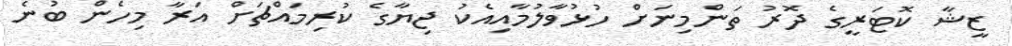
ޒީޝާ ކޮޓަރީގެ ދޮރު ތަންމިނަށް ހުޅުވާލުމާއިއެކު ޖިޔާގެ ކުރިމައްޗަށް އަރާ މިހެން ބުނެ